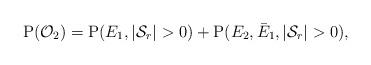
LaTeX: \begin{align*}\mathrm{P}(\mathcal{O}_{2}) = \mathrm{P}(E_{1}, |\mathcal{S}_r|>0)+\mathrm{P}( {E_2},\bar{E}_1,|\mathcal{S}_r|>0),\end{align*}